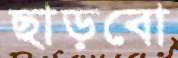
ছাড়বো